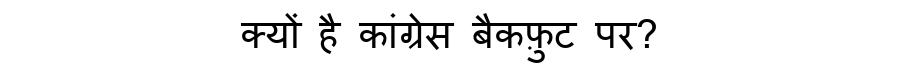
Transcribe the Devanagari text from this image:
क्यों है कांग्रेस बैकफ़ुट पर?